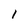
Character: 1